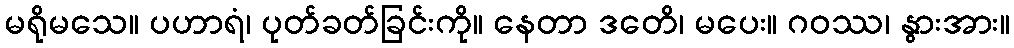
မရိုမသေ။ ပဟာရံ၊ ပုတ်ခတ်ခြင်းကို။ နေတာ ဒတေိ၊ မပေး။ ဂဝဿ၊ နွားအား။